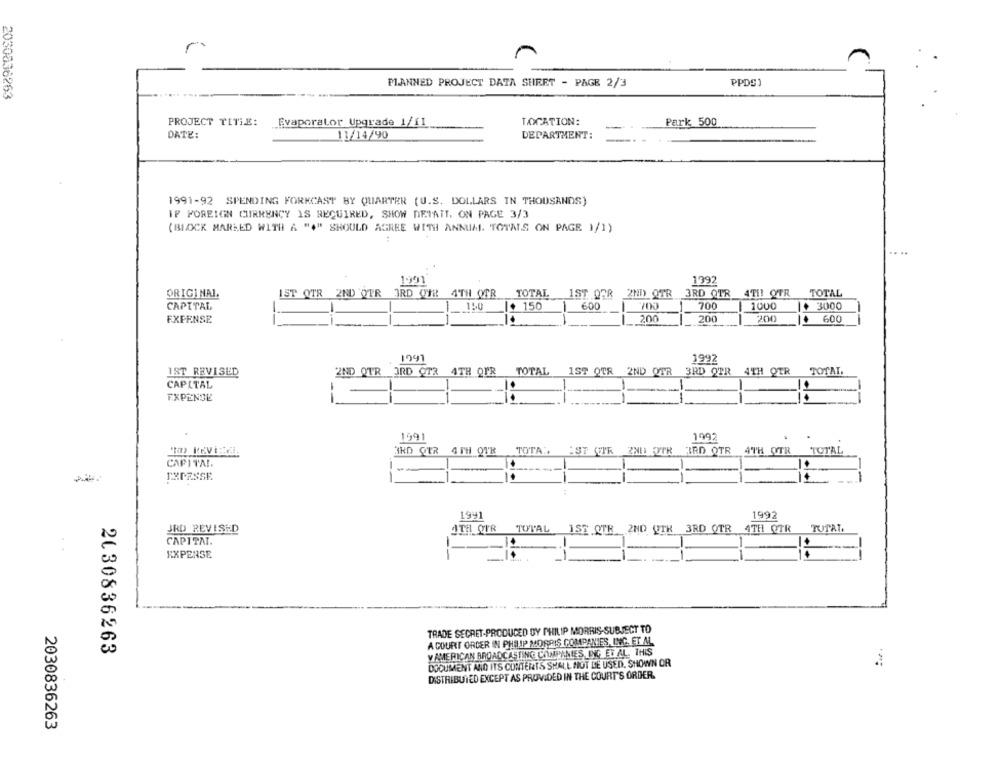
PLANNED PROJECT DATA SHEET - PAGE 2/3
PPDS1
PROJECT TITLE:
Evaporator Upgrade 1/11
LOCATION:
Park 500
DATE:
11/14/90
DEPARTMENT:
1991-92 SPENDING FORECAST BY QUARTER (U.S. DOLLARS IN THOUSANDS)
IF FOREIGN CURRENCY IS REQUIRED, SHOW DETATT. ON PAGE 3/3
(BLOCK MARKED WITH A "4" SHOULD AGREE WITH ANNUAL TOTALS ON PAGE 1/1)
1991
1992
ORIGINAL.
IST OTR 2ND OTR 3RD OFH 4TH OTR
TOTAL 1ST OFR 2ND OTR 3RD QTR
4TH OTR
TOTAL
CAPITAL
150
150
600
700
1000
+ 3000
-
-
EXPENSE
200
200
600
1991
1992
IST REVISED
2ND OTR 3RD OTR 4TH OFR TOTAL
1ST OTR 2ND OTR 3RD OPR 4TH OTR TOTAL
CAPITAL
EXPENSE
--
1991
1992
3RD GER 4TH OTR TOTAL :ST OTR ZNI OTR BRD OTR
4TH OTR TOTAL
CAPITAL
1991
1992
JRD REVISED
ITH OUR
TOTAL IST OTE 2ND QTK 3RD OTR 4TH OTR
TUTAL.
CAPITAL.
EXPENSE
TRADE SECRET-PRODUCED DY PHILIP MORRIS-SUBJECT TO
A COURT ORDER IN PHILIP MORRIS COMPANIES, ING. ET AL
2130836263
V AMERICAN BROADCASTING COMPANIES, ING ET AL. THIS
DOCUMENT AND ITS CONTENTS SHALL NOT BE USED. SHOWN OR
DISTRIBUTED EXCEPT AS PROVIDED IN THE COURT'S ORDER.
2030836263